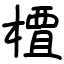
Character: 𫞍